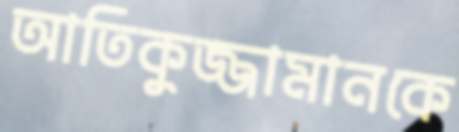
আতিকুজ্জামানকে